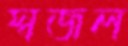
স্বজল